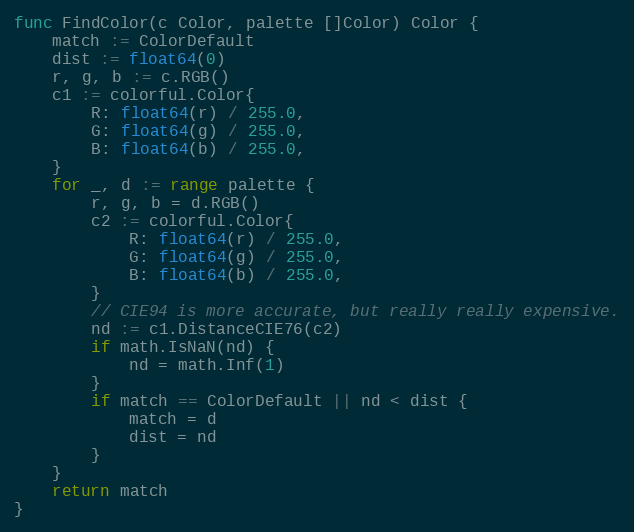
Language: Go
func FindColor(c Color, palette []Color) Color {
	match := ColorDefault
	dist := float64(0)
	r, g, b := c.RGB()
	c1 := colorful.Color{
		R: float64(r) / 255.0,
		G: float64(g) / 255.0,
		B: float64(b) / 255.0,
	}
	for _, d := range palette {
		r, g, b = d.RGB()
		c2 := colorful.Color{
			R: float64(r) / 255.0,
			G: float64(g) / 255.0,
			B: float64(b) / 255.0,
		}
		// CIE94 is more accurate, but really really expensive.
		nd := c1.DistanceCIE76(c2)
		if math.IsNaN(nd) {
			nd = math.Inf(1)
		}
		if match == ColorDefault || nd < dist {
			match = d
			dist = nd
		}
	}
	return match
}